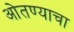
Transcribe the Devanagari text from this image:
ओतण्याचा